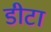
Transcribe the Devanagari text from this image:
डीटा